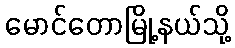
မောင်တောမြို့နယ်သို့